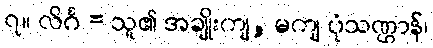
၇။ လိင်္ဂ = သူ၏ အချိုးကျ, မကျ ပုံသဏ္ဌာန်၊